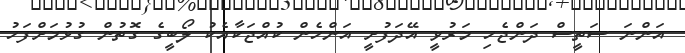
އަންނަ ސަތީސް ދަންޖެހި މަރުވީ އޭދަފުށީ އަންހެން ކުއްޖަކާއެކު ލޯބީގެ ގޮތުން ގުޅުމަށްފަހު